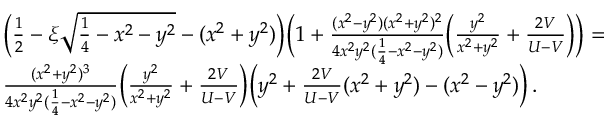
\begin{array} { r l } & { \Big ( \frac { 1 } { 2 } - \xi \sqrt { \frac { 1 } { 4 } - x ^ { 2 } - y ^ { 2 } } - ( x ^ { 2 } + y ^ { 2 } ) \Big ) \Big ( 1 + \frac { ( x ^ { 2 } - y ^ { 2 } ) ( x ^ { 2 } + y ^ { 2 } ) ^ { 2 } } { 4 x ^ { 2 } y ^ { 2 } ( \frac { 1 } { 4 } - x ^ { 2 } - y ^ { 2 } ) } \Big ( \frac { y ^ { 2 } } { x ^ { 2 } + y ^ { 2 } } + \frac { 2 V } { U - V } \Big ) \Big ) = } \\ & { \frac { ( x ^ { 2 } + y ^ { 2 } ) ^ { 3 } } { 4 x ^ { 2 } y ^ { 2 } ( \frac { 1 } { 4 } - x ^ { 2 } - y ^ { 2 } ) } \Big ( \frac { y ^ { 2 } } { x ^ { 2 } + y ^ { 2 } } + \frac { 2 V } { U - V } \Big ) \Big ( y ^ { 2 } + \frac { 2 V } { U - V } ( x ^ { 2 } + y ^ { 2 } ) - ( x ^ { 2 } - y ^ { 2 } ) \Big ) \, . } \end{array}